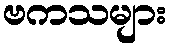
ဗကသများ